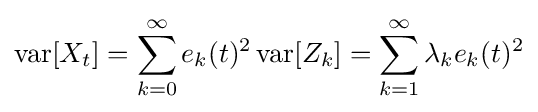
\operatorname {var} [X_{t}]=\sum _{k=0}^{\infty }e_{k}(t)^{2}\operatorname {var} [Z_{k}]=\sum _{k=1}^{\infty }\lambda _{k}e_{k}(t)^{2}